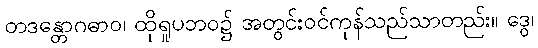
တဒန္တောဂဓာဝ၊ ထိုရူပဘဝ၌ အတွင်းဝင်ကုန်သည်သာတည်း။ ဒွေ၊